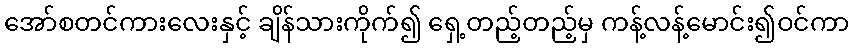
အော်စတင်ကားလေးနှင့် ချိန်သားကိုက်၍ ရှေ့တည့်တည့်မှ ကန့်လန့်မောင်း၍ဝင်ကာ